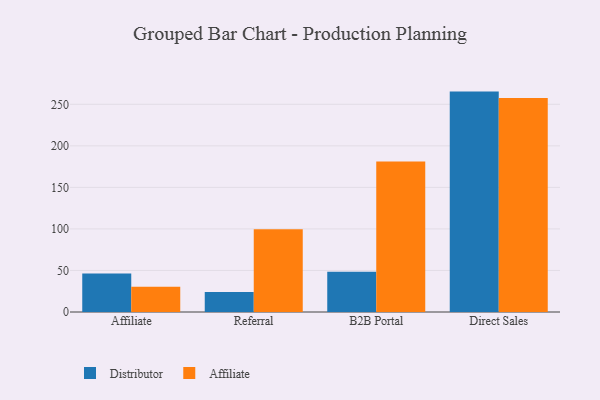
{"axis": {"x": "Channel", "y": "Production Output"}, "legend": ["Affiliate", "Distributor"], "data": [{"x": "Affiliate", "y": 46.3, "type": "Distributor"}, {"x": "Affiliate", "y": 30.4, "type": "Affiliate"}, {"x": "Referral", "y": 24.2, "type": "Distributor"}, {"x": "Referral", "y": 99.5, "type": "Affiliate"}, {"x": "B2B Portal", "y": 48.5, "type": "Distributor"}, {"x": "B2B Portal", "y": 181.2, "type": "Affiliate"}, {"x": "Direct Sales", "y": 265.3, "type": "Distributor"}, {"x": "Direct Sales", "y": 257.7, "type": "Affiliate"}]}